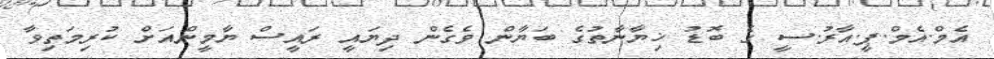
އެމް.އެމް.ޕީ.އާރު.ސީ ގެ ބޮޑު ޚިޔާނާތުގެ ބަޔާން ވެގެން ދިޔައީ ރައީސް ޔާމީންއަށް ކުރިމަތިވާ